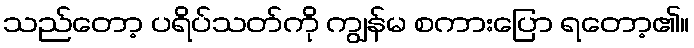
သည်တော့ ပရိပ်သတ်ကို ကျွန်မ စကားပြော ရတော့၏။